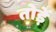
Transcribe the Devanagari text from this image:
तोड़ें